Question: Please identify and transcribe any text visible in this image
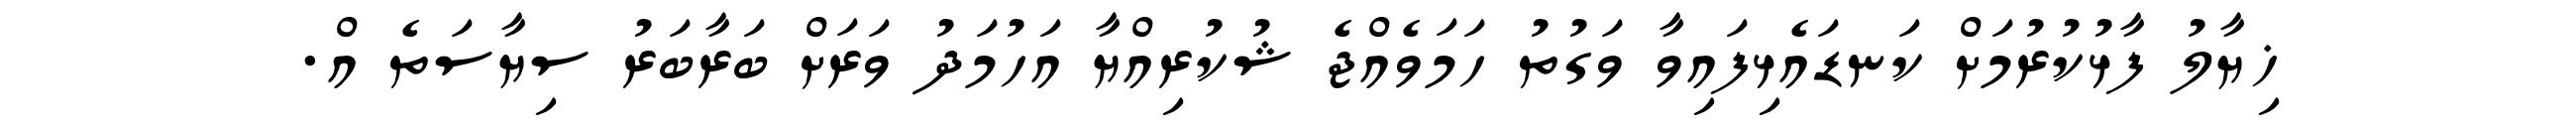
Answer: ޚިޔާލު ފާޅުކުރުމަށް ކަނޑައެޅިފައިވާ ވަގުތު ހަމަވެއްޖެ ޝުކުރިއްޔާ އަހުމަދު ވަރަށް ބަރާބަރު ސިޔާސަތެ އް.